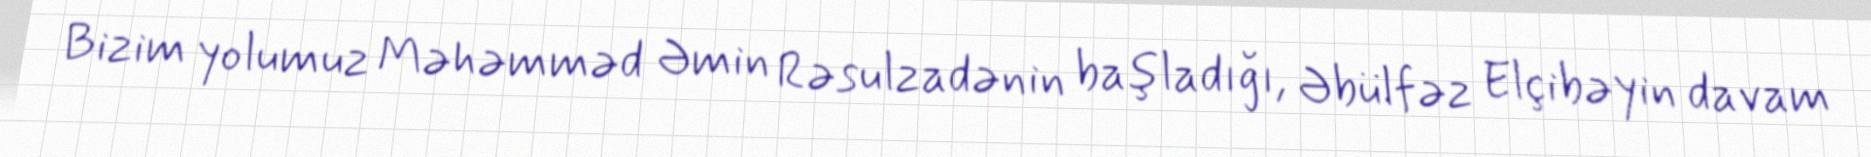
Bizim yolumuz Məhəmməd Əmin Rəsulzadənin başladığı, Əbülfəz Elçibəyin davam